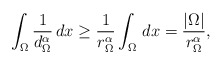
\begin{align*}\int_\Omega\frac{1}{d_\Omega^\alpha}\,dx\ge \frac{1}{r_\Omega^\alpha} \int_{\Omega}\,dx =\frac{|\Omega|}{r_\Omega^\alpha},\end{align*}